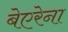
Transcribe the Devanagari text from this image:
बेएरेना